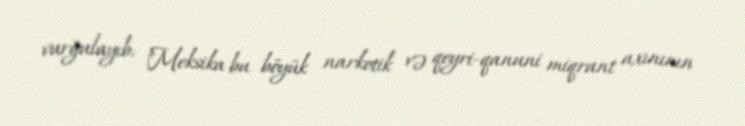
vurğulayıb: "Meksika bu böyük narkotik və qeyri-qanuni miqrant axınının